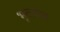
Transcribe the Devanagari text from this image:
भूतद्रव्य